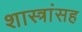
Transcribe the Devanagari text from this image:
शास्त्रांसह